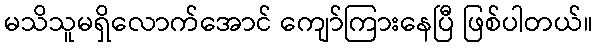
မသိသူမရှိလောက်အောင် ကျော်ကြားနေပြီ ဖြစ်ပါတယ်။